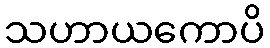
သဟာယကောပိ